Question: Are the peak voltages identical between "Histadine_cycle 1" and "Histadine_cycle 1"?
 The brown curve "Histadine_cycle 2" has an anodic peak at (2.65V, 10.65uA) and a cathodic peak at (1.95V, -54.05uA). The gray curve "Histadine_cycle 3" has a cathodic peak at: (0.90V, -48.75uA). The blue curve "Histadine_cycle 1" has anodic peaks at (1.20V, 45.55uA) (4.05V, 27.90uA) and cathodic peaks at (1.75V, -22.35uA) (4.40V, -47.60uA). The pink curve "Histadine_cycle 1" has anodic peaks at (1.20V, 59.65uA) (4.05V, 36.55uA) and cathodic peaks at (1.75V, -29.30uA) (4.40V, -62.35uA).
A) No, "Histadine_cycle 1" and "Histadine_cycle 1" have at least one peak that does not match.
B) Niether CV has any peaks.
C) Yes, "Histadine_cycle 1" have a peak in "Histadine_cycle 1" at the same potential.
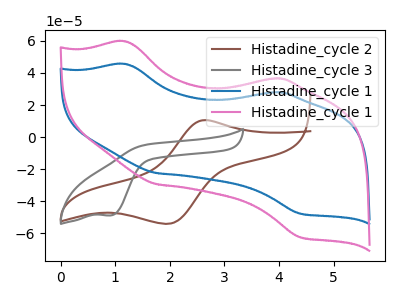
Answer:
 <answer>C) Yes, "Histadine_cycle 1" have a peak in "Histadine_cycle 1" at the same potential.</answer>
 <eval>C</eval>